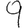
Digit: 9